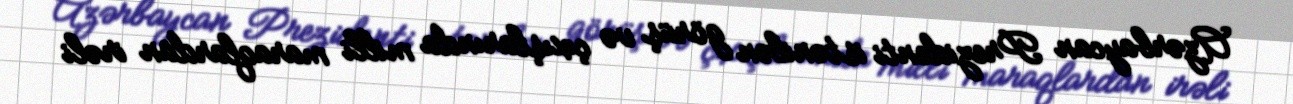
Azərbaycan Prezidenti istənilən görüş və çıxışlarında milli maraqlardan irəli